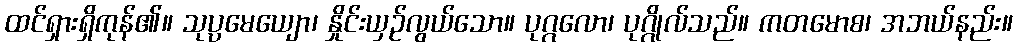
ထင်ရှားရှိကုန်၏။ သုပ္ပမေယျော၊ နှိုင်းယှဉ်လွယ်သော။ ပုဂ္ဂလော၊ ပုဂ္ဂိုလ်သည်။ ကတမောစ၊ အဘယ်နည်း။